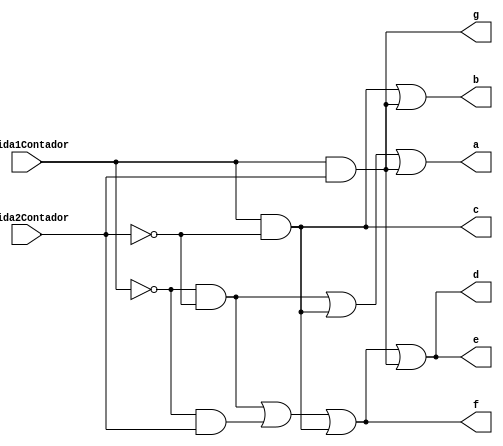
module interfaceS1 (saida1Contador, saida2Contador, a, b, c, d, e, f, g);
	//CL02: escolha do S1
	input saida1Contador, saida2Contador;
	output a, b, c, d, e, f, g;


	wire saida1a, saida2a, saida3a, saida4a,
	saida1b, saida2b, saida3b, saida4b,
	saida1c, saida2c, saida3c, saida4c,
	saida1d, saida2d, saida3d, saida4d,
	saida1e, saida2e, saida3e, saida4e,
	saida1f, saida2f, saida3f, saida4f,
	saida1g, saida2g, saida3g, saida4g,
	saida1h, saida2h, saida3h, saida4h;
	
	//a
	//como o segmento a  ativado 3 vezes nas letras CE0, ele fica nessa configurao no multiplexador
	and(saida1a, ~saida1Contador, ~saida2Contador, 1);
	and(saida2a, ~saida1Contador, saida2Contador, 0);
	and(saida3a, saida1Contador, ~saida2Contador, 1);
	and(saida4a, saida1Contador, saida2Contador, 1);
	or(a, saida1a, saida2a, saida3a, saida4a);
	
	//b
	and(saida1b, ~saida1Contador, ~saida2Contador, 0);
	and(saida2b, ~saida1Contador, saida2Contador, 0);
	and(saida3b, saida1Contador, ~saida2Contador, 1);
	and(saida4b, saida1Contador, saida2Contador, 1);
	or(b, saida1b, saida2b, saida3b, saida4b);
	
	//c
	and(saida1c, ~saida1Contador, ~saida2Contador, 0);
	and(saida2c, ~saida1Contador, saida2Contador, 0);
	and(saida3c, saida1Contador, ~saida2Contador, 1);
	and(saida4c, saida1Contador, saida2Contador, 0);
	or(c, saida1c, saida2c, saida3c, saida4c);
	
	//d
	and(saida1d, ~saida1Contador, ~saida2Contador, 1);
	and(saida2d, ~saida1Contador, saida2Contador, 1);
	and(saida3d, saida1Contador, ~saida2Contador, 1);
	and(saida4d, saida1Contador, saida2Contador, 1);
	or(d, saida1d, saida2d, saida3d, saida4d);
	
	//e
	and(saida1e, ~saida1Contador, ~saida2Contador, 1);
	and(saida2e, ~saida1Contador, saida2Contador, 1);
	and(saida3e, saida1Contador, ~saida2Contador, 1);
	and(saida4e, saida1Contador, saida2Contador, 1);
	or(e, saida1e, saida2e, saida3e, saida4e);
	
	//f
	and(saida1f, ~saida1Contador, ~saida2Contador, 1);
	and(saida2f, ~saida1Contador, saida2Contador, 1);
	and(saida3f, saida1Contador, ~saida2Contador, 1);
	and(saida4f, saida1Contador, saida2Contador, 0);
	or(f, saida1f, saida2f, saida3f, saida4f);
	
	//g
	and(saida1g, ~saida1Contador, ~saida2Contador, 0);
	and(saida2g, ~saida1Contador, saida2Contador, 0);
	and(saida3g, saida1Contador, ~saida2Contador, 0);
	and(saida4g, saida1Contador, saida2Contador, 1);
	or(g, saida1g, saida2g, saida3g, saida4g);


endmodule